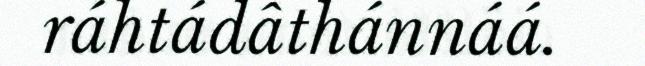
ráhtádâthánnáá.